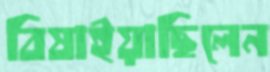
বিষাইয়াছিলেন